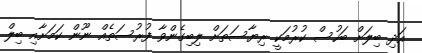
އަދި ބިލަށް ބަހުސް ކުރުމަކީ ރިޔާސަތަށް ލިބިގެންވާ ފުރުސަތެއް ނޫން ކަމަށާއި ބިލް